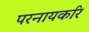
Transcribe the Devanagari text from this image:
परनायकरि